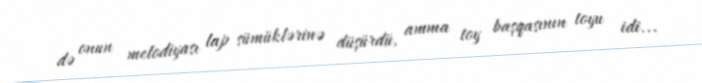
də onun melodiyası lap sümüklərinə düşürdü, amma toy başqasının toyu idi...